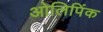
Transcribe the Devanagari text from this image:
ओलिपिंक